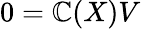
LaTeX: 0=\mathbb{C}(X)V